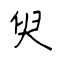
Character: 臾